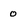
Character: 0